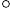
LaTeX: \mathrm{^\circ}